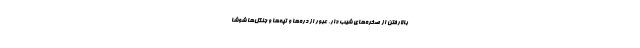
بالارفتن از صخره‌های شیب دار، عبور از دره‌ها و تپه‌ها و جنگل‌ها شوشا